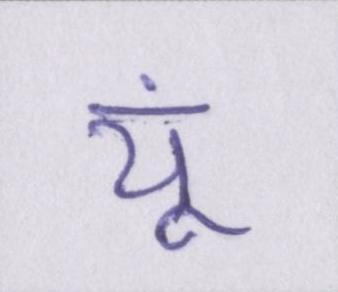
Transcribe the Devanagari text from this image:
यूं